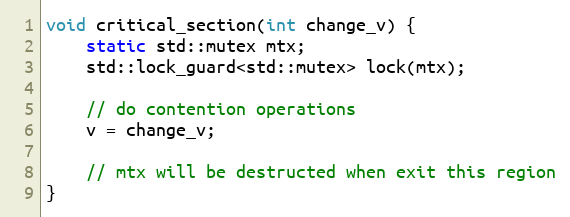
Language: C++
void critical_section(int change_v) {
    static std::mutex mtx;
    std::lock_guard<std::mutex> lock(mtx);

    // do contention operations
    v = change_v;

    // mtx will be destructed when exit this region
}